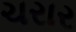
ચરાર